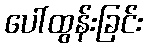
ပေါ်ထွန်းခြင်း